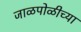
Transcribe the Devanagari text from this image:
जाळपोळीच्या